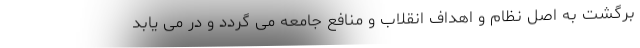
برگشت به اصل نظام و اهداف انقلاب و منافع جامعه می گردد و در می یابد